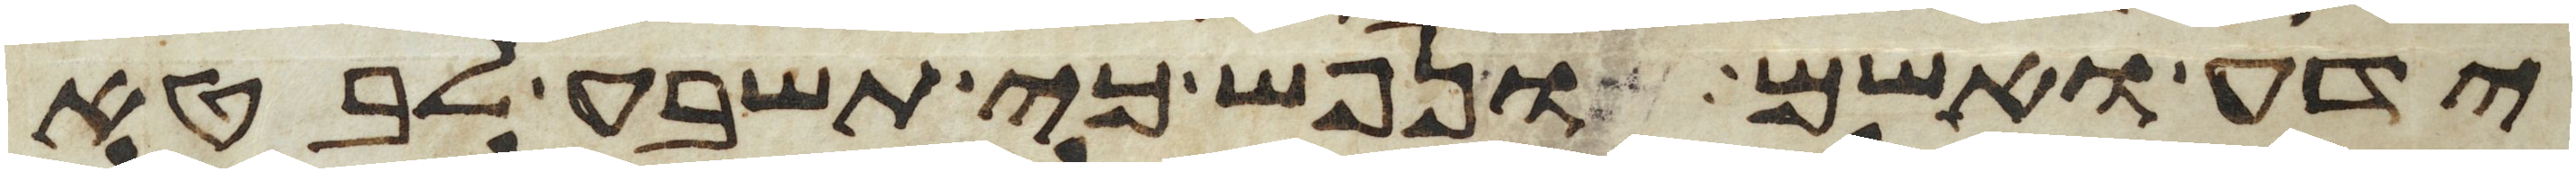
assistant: ידע ואשם ונפש כי תשבע לבטא